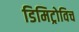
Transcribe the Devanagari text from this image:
डिमिट्रोविच